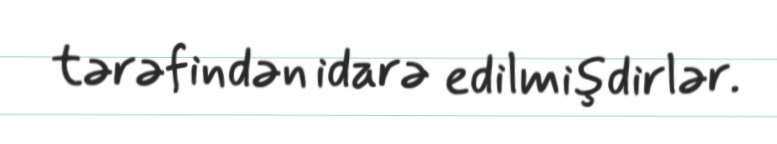
tərəfindən idarə edilmişdirlər.